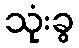
သုံးခွ